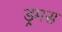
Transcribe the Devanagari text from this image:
ड्रमस